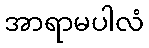
အာရာမပါလံ